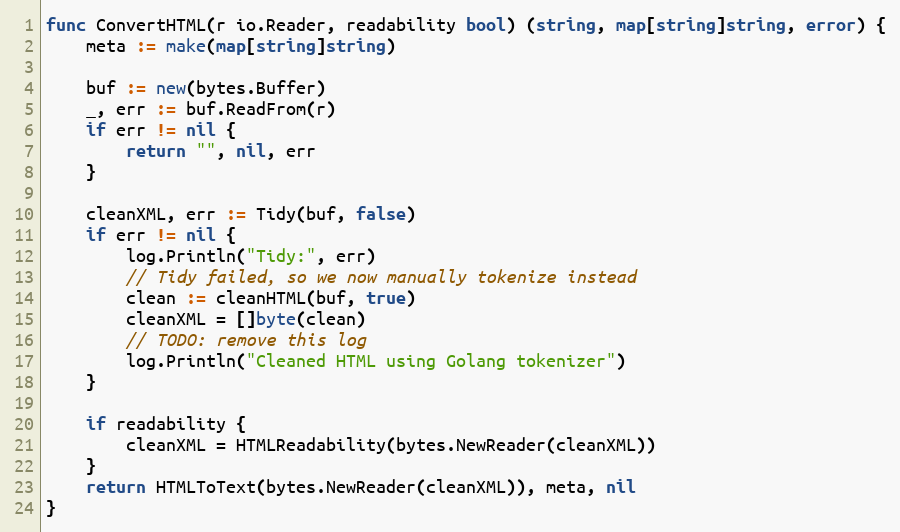
Language: Go
func ConvertHTML(r io.Reader, readability bool) (string, map[string]string, error) {
	meta := make(map[string]string)

	buf := new(bytes.Buffer)
	_, err := buf.ReadFrom(r)
	if err != nil {
		return "", nil, err
	}

	cleanXML, err := Tidy(buf, false)
	if err != nil {
		log.Println("Tidy:", err)
		// Tidy failed, so we now manually tokenize instead
		clean := cleanHTML(buf, true)
		cleanXML = []byte(clean)
		// TODO: remove this log
		log.Println("Cleaned HTML using Golang tokenizer")
	}

	if readability {
		cleanXML = HTMLReadability(bytes.NewReader(cleanXML))
	}
	return HTMLToText(bytes.NewReader(cleanXML)), meta, nil
}